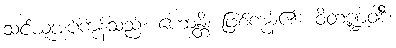
သင်ယူအပ်ကုန်သည်။ ဟောန္တိ၊ ဖြစ်ကုန်၏။ ဝိတဏ္ဍဝါဒီ၊